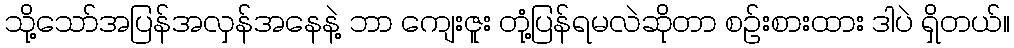
သို့သော်အပြန်အလှန်အနေနဲ့ ဘာ ကျေးဇူး တုံ့ပြန်ရမလဲဆိုတာ စဉ်းစားထား ဒါပဲ ရှိတယ်။